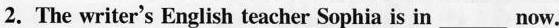
2、The writer's English teacher Sophia is in___now.